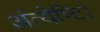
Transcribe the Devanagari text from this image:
अंत्येष्टि।